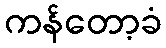
ကန်တော့ခံ